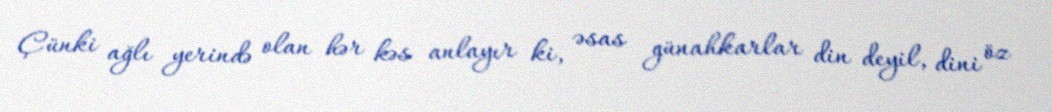
Çünki ağlı yerində olan hər kəs anlayır ki, əsas günahkarlar din deyil, dini öz